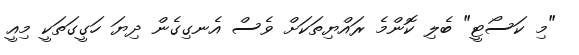
"މި ކަސޯޓީ" ބެލި ކޮންމެ ރައްޔިތަކަށް ވެސް އެނގިގެން ދިޔަ ހަގީގަތަކީ މިއީ